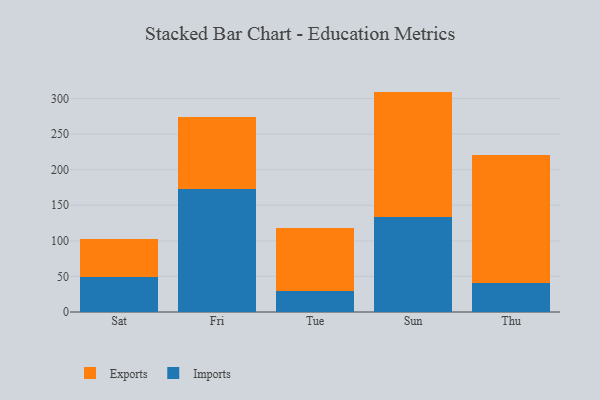
{"axis": {"x": "Day", "y": "Gross Profit (USD K)"}, "legend": ["Exports", "Imports"], "data": [{"x": "Sat", "y": 49.2, "type": "Imports"}, {"x": "Sat", "y": 52.7, "type": "Exports"}, {"x": "Fri", "y": 173.0, "type": "Imports"}, {"x": "Fri", "y": 100.8, "type": "Exports"}, {"x": "Tue", "y": 29.0, "type": "Imports"}, {"x": "Tue", "y": 88.6, "type": "Exports"}, {"x": "Sun", "y": 134.0, "type": "Imports"}, {"x": "Sun", "y": 175.7, "type": "Exports"}, {"x": "Thu", "y": 41.3, "type": "Imports"}, {"x": "Thu", "y": 178.9, "type": "Exports"}]}